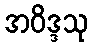
အဝိဒ္ဒသု